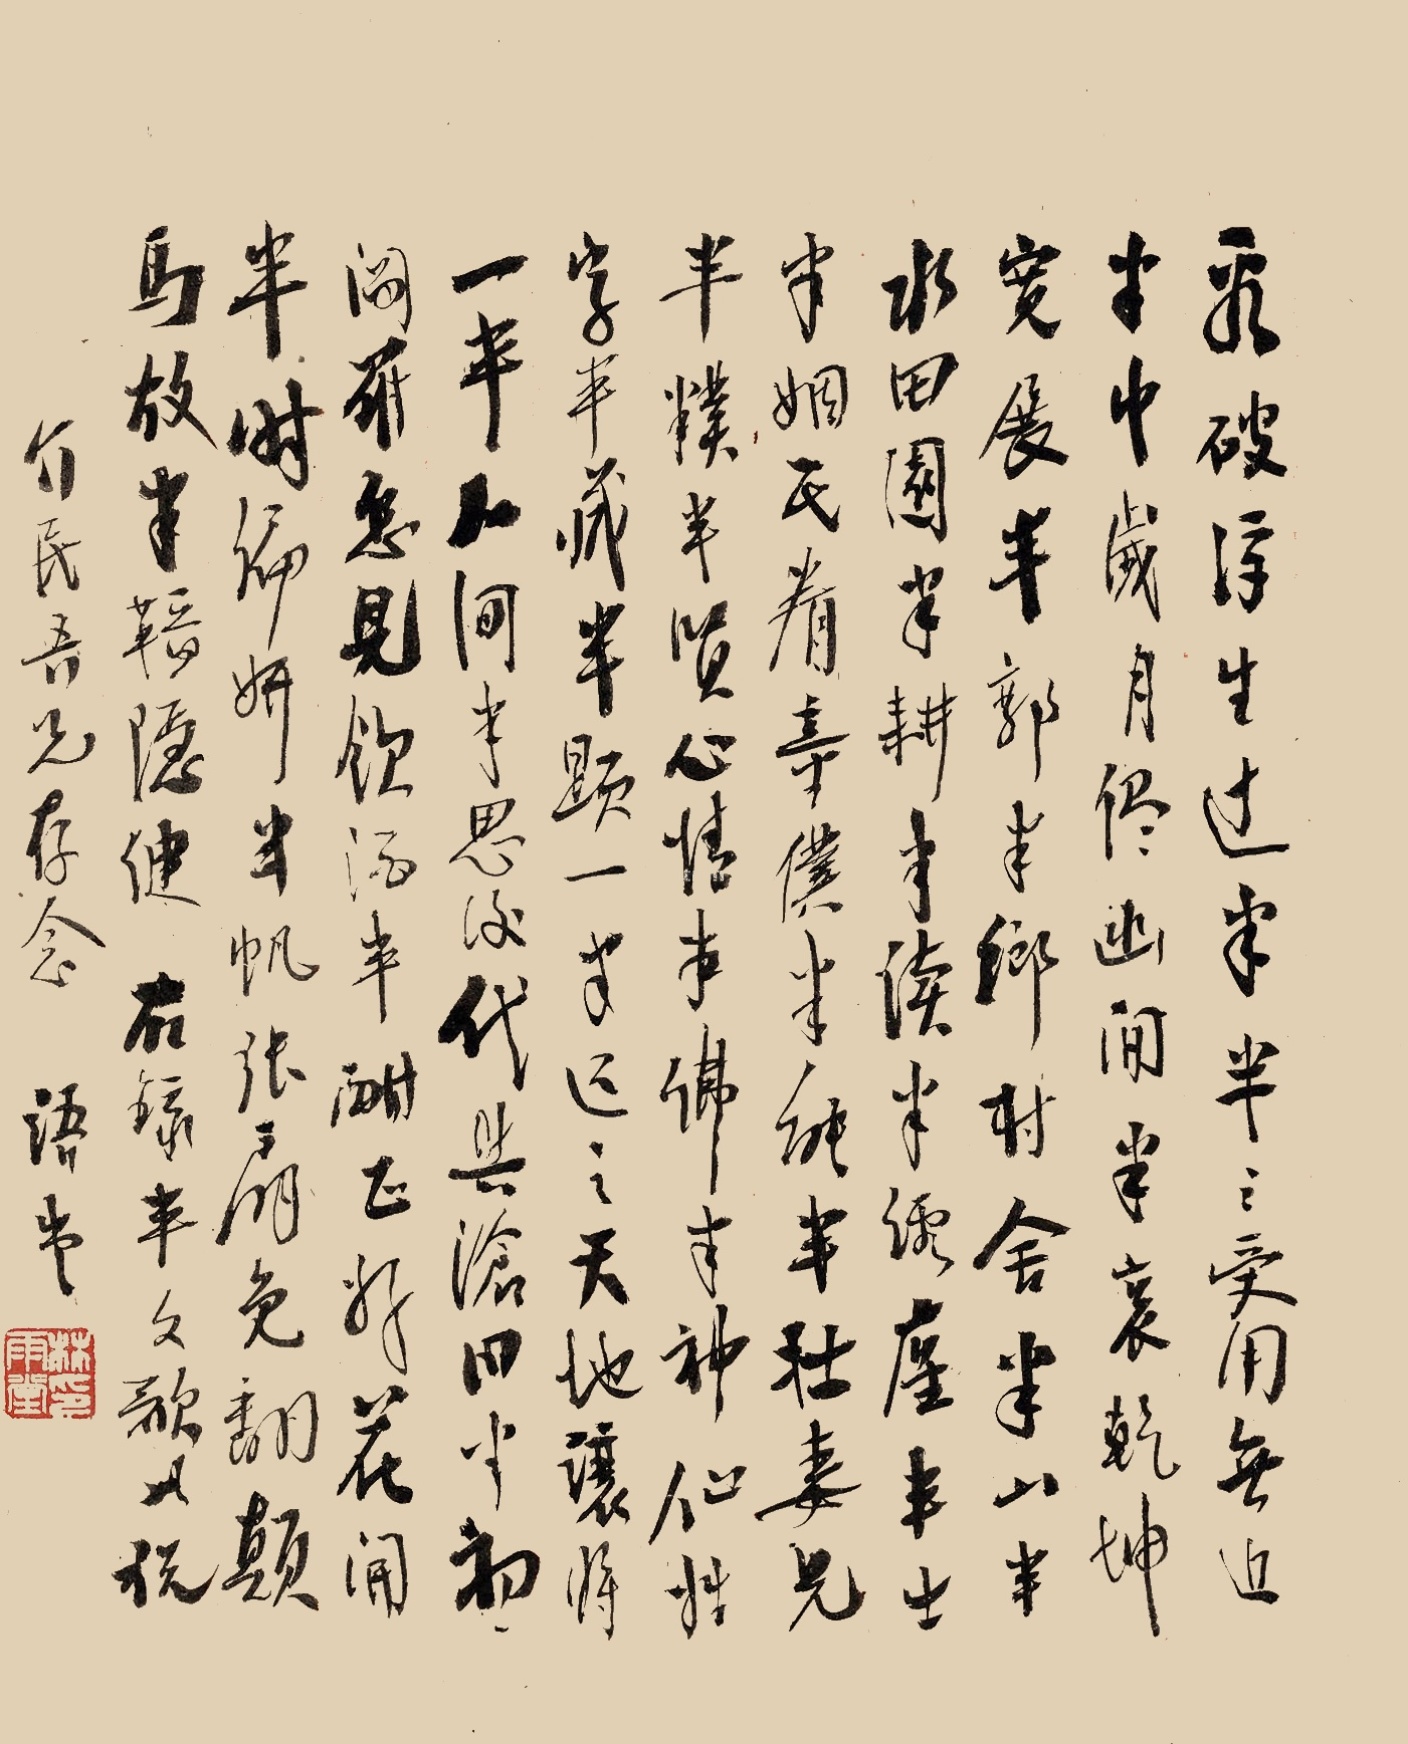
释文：看破浮生过半，半之受用无边。半中岁月尽幽闲，半里乾坤宽展。半廓半乡村舍，半山半水田园。半耕半读半经尘，半土半姻民眷。童仆半能半拙，妻儿半朴半贤。心情半佛半神仙，姓字半藏半显。一半还之天地，让将一半人间。半思后代与沧田，半想阎罗怎见。饮酒半酣正好，花开半时偏妍。半帆张扇免翻颠，马放半缰稳健。右录《半文歌》，以祝介民吾兄存念，语堂。